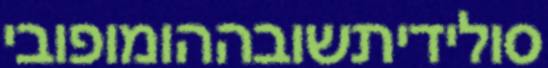
סולידיתשובההומופובי